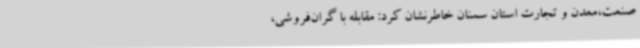
صنعت،معدن و تجارت استان سمنان خاطرنشان کرد: مقابله با گران‌فروشی،